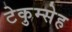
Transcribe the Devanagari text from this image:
टेकुम्सेह